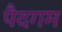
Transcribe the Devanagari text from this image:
पैदगम